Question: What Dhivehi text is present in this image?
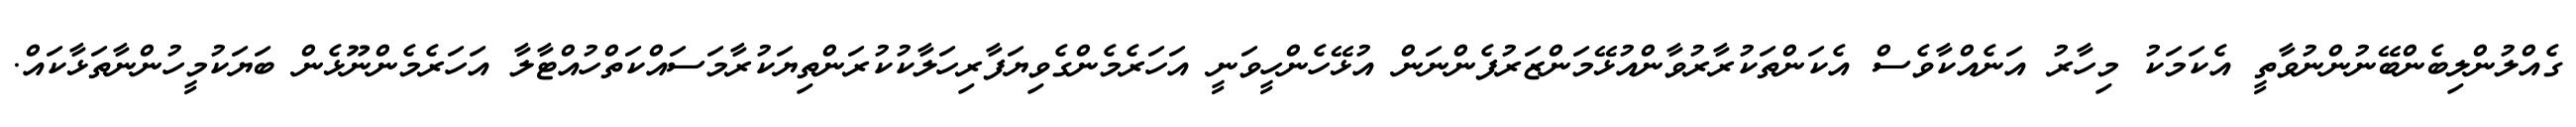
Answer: ގެއްލުންލިބެންބޭނުންނުވާތީ އެކަމަކު މިހާރު އަނެއްކާވެސް އެކަންތަކުރާރުވާންއުޅޭމަންޒަރުފެންނަން އުޅޭހެންހީވަނީ އަހަރެމެންގެވިޔަފާރިހަލާކުކުރަންތިޔަކުރާމަސައްކަތްހުއްޓާލާ އަހަރެމެންނޫޅެން ބަޔަކުމީހުންނާތަޅާކައް.